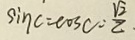
\sin C = \cos C = \frac { \sqrt { 2 } } { 2 }